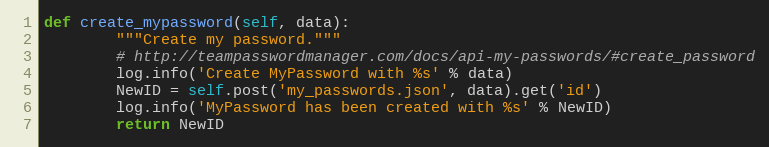
Language: Python
def create_mypassword(self, data):
        """Create my password."""
        # http://teampasswordmanager.com/docs/api-my-passwords/#create_password
        log.info('Create MyPassword with %s' % data)
        NewID = self.post('my_passwords.json', data).get('id')
        log.info('MyPassword has been created with %s' % NewID)
        return NewID